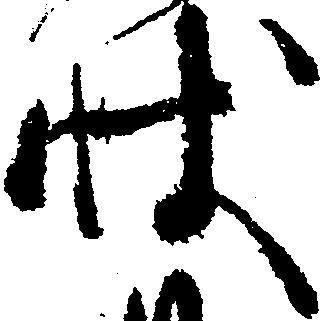
状